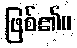
ဖြစ်၏။